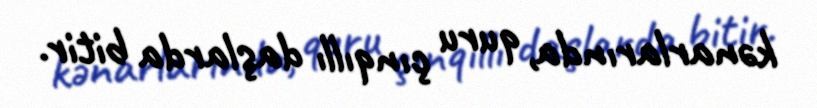
kənarlarında, quru çınqıllı daşlarda bitir.